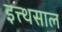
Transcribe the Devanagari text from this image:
इत्त्थसाल